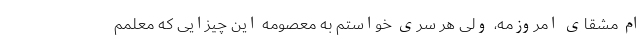
ام مشقای امروزمه، ولی هر سری خواستم به معصومه این چیزایی که معلمم